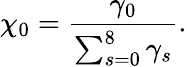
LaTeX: \chi_{0}=\frac{\gamma_{0}}{\sum_{s=0}^{8}\gamma_{s}}.